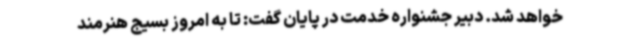
خواهد شد. دبیر جشنواره خدمت در پایان گفت: تا به امروز بسیج هنرمند